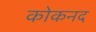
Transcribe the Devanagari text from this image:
कोकनद